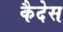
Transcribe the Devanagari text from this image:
कैदेस